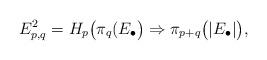
LaTeX: \begin{align*}E^{2}_{p,q}=H_{p}\big(\pi_{q}(E_{\bullet}\big)\Rightarrow \pi_{p+q}\big(|E_{\bullet}|\big),\end{align*}